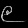
Digit: ၉